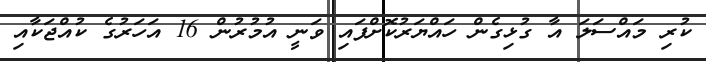
ކުރި މައްސަލަ އާ ގުޅިގެން ހައްޔަރުކޮށްފައި ވަނީ އުމުރުން 16 އަހަރުގެ ކުއްޖަކާއި